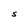
Character: S